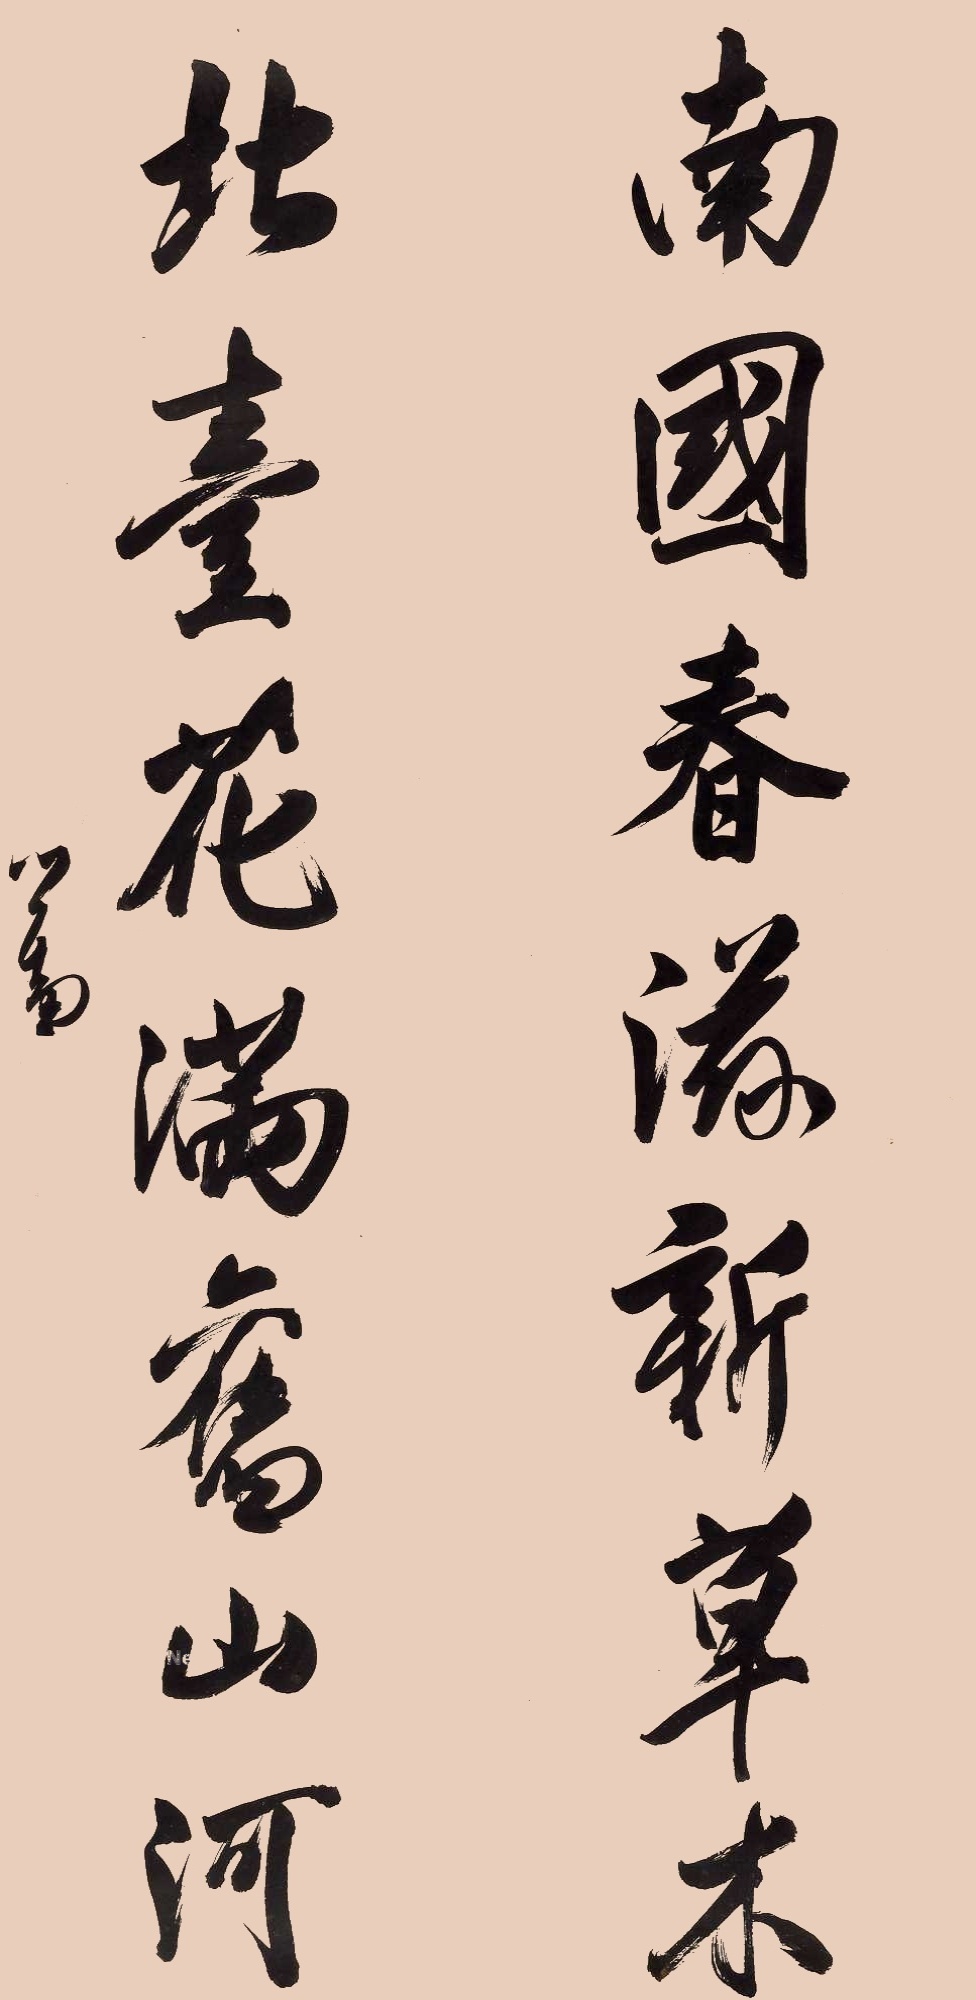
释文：南国春滋新草木，北台花满旧山河。心畬。